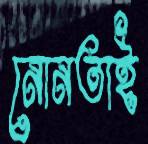
নোনতাই